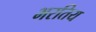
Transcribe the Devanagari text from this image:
भरतिय